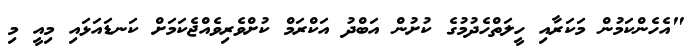
"އެހެންކަމުން މަކަރާއި ހީލަތްހެދުމުގެ ކުށުން އަބްދު އަކްރަމް ކުށްވެރިވެއްޖެކަމަަށް ކަނޑައަޅައި މިއީ މި